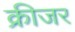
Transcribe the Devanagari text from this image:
क्रीजर